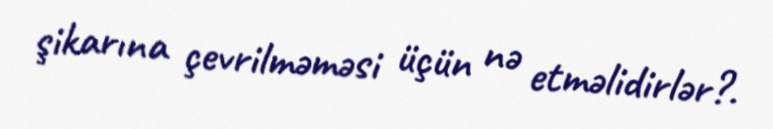
şikarına çevrilməməsi üçün nə etməlidirlər?.